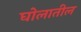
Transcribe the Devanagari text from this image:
घोलातील